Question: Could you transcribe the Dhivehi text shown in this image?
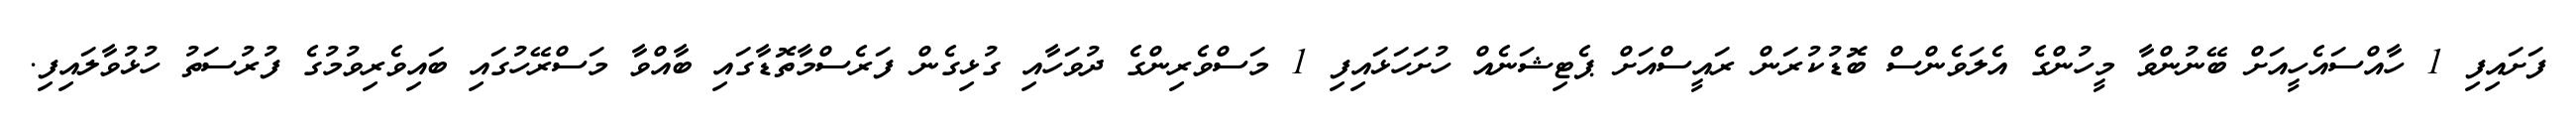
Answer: ފަށައިފި 1 ހާއްސައެހީއަށް ބޭނުންވާ މީހުންގެ އެލަވެންސް ބޮޑުކުރަން ރައީސްއަށް ޕެޓިޝަނެއް ހުށަހަޅައިފި 1 މަސްވެރިންގެ ދުވަހާއި ގުޅިގެން ފަރެސްމާތޮޑާގައި ބާއްވާ މަސްރޭހުގައި ބައިވެރިވުމުގެ ފުރުސަތު ހުޅުވާލައިފި.